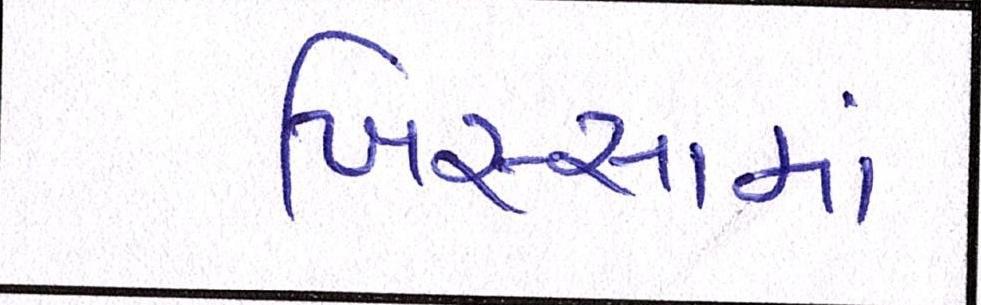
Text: ખિસ્સામાં